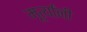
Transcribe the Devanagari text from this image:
मूर्त्यांनी